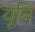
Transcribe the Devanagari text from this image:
यूनि